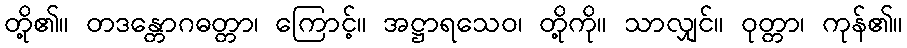
တို့၏။ တဒန္တောဂဓတ္တာ၊ ကြောင့်။ အဋ္ဌာရသေဝ၊ တို့ကို။ သာလျှင်။ ဝုတ္တာ၊ ကုန်၏။